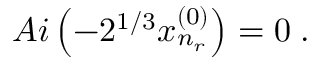
A i \left( - 2 ^ { 1 / 3 } x _ { n _ { r } } ^ { ( 0 ) } \right) = 0 \; .